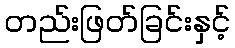
တည်းဖြတ်ခြင်းနှင့်